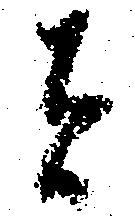
は